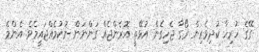
ގޭގެ ހުރިހާ ކުދިވެރިން ރޯގާ ޖެހިގެން އުޅޭތީ އޮރެންޖެއް ގަންނަން ނުކުމެއްޖައީމެވެ. އެންމެ